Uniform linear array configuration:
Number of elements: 64
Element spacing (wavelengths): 0.5
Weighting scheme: blackman
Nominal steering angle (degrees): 60
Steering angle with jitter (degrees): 58.805
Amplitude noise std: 0.05
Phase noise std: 0.05

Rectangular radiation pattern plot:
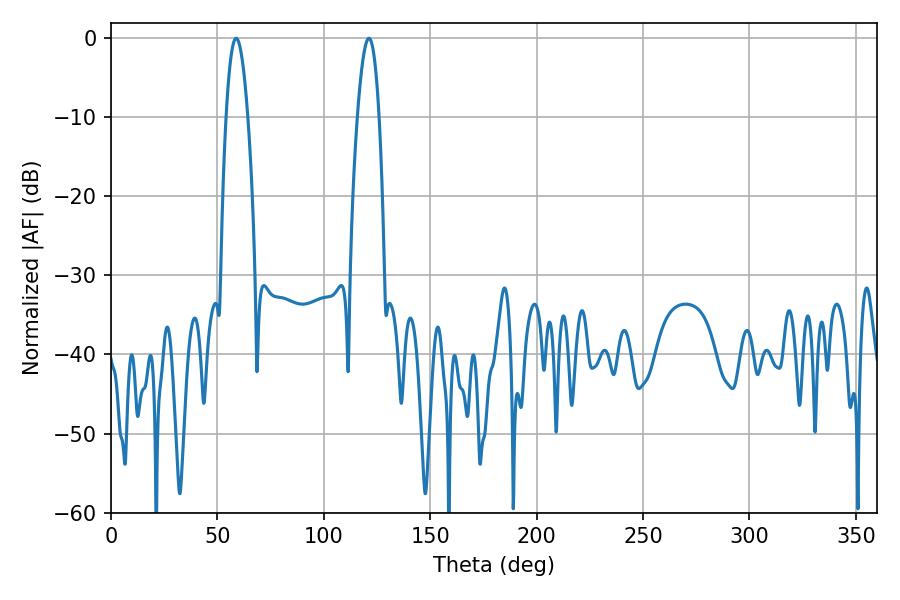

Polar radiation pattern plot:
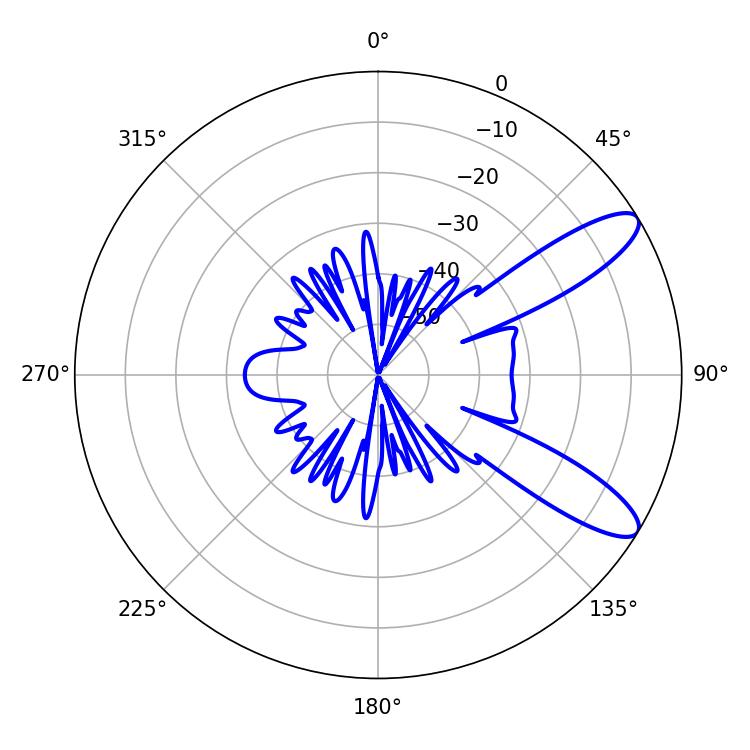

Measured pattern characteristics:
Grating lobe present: FALSE
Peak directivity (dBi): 10.433
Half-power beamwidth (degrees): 5.58
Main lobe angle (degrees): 58.86